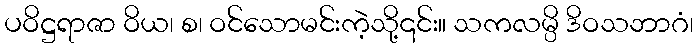
ပဝိဋ္ဌရာဇာ ဝိယ၊ စ၊ ဝင်သောမင်းကဲ့သို့၎င်း။ သကလမ္ပိ ဒိဝသဘာဂံ၊